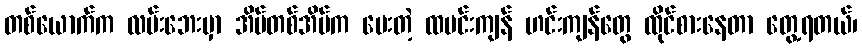
တစ်ယောက်က လမ်းဘေးမှာ အိမ်တစ်အိမ်က ပေးတဲ့ ထမင်းကျန် ဟင်းကျန်တွေ ထိုင်စားနေတာ တွေ့ရတယ်၊